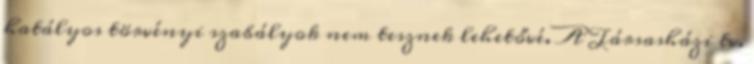
hatályos törvényi szabályok nem tesznek lehetővé. A Társasházi tv.